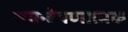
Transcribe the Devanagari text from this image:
समन्वेषणात्मक